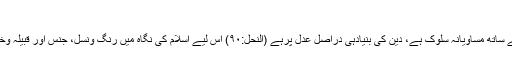
٭عدل وانصاف:
شریعتِ اسلامی کا ایک امتیازی پہلو یہ بھی ہے کہ اس میں انسانیت کے ساتھ مساویانہ سلوک ہے، دین کی بنیادہی دراصل عدل پرہے (النحل:۹۰) اس لیے اسلام کی نگاہ میں رنگ ونسل، جنس اور قبیلہ وخاندان کی بنیادپر کوئی تفریق نہیں ہے، اللہ تعالیٰ کا ارشاد ہے اے لوگو!